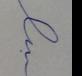
Signature authenticity: forged